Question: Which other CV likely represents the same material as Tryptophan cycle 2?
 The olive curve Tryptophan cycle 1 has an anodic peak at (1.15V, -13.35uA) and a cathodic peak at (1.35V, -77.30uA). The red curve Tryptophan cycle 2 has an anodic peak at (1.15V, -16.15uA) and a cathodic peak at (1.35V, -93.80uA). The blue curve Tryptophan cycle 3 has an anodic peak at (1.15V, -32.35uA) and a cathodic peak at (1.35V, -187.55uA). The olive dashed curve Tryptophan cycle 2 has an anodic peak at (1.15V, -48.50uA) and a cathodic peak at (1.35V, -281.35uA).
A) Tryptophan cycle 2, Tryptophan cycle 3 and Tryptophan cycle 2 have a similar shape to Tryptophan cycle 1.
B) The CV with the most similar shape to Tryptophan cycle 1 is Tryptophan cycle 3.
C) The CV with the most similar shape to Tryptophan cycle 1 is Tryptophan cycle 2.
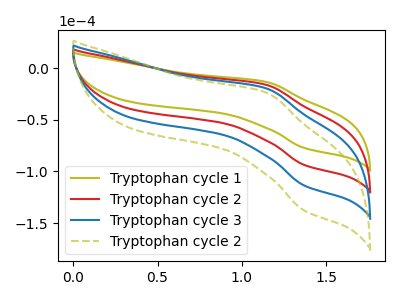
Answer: <think>All the peaks in "Tryptophan cycle 1" have a peak in "Tryptophan cycle 2" at the same potential. All the peaks in "Tryptophan cycle 1" have a peak in "Tryptophan cycle 3" at the same potential. All the peaks in "Tryptophan cycle 1" have a peak in "Tryptophan cycle 2" at the same potential. All the peaks in "Tryptophan cycle 2" have a peak in "Tryptophan cycle 3" at the same potential. All the peaks in "Tryptophan cycle 2" have a peak in "Tryptophan cycle 2" at the same potential. All the peaks in "Tryptophan cycle 3" have a peak in "Tryptophan cycle 2" at the same potential.
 </think>
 <answer>A) "Tryptophan cycle 2", "Tryptophan cycle 3" and "Tryptophan cycle 2" have a similar shape to "Tryptophan cycle 1".</answer>
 <eval>A</eval>